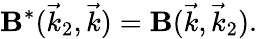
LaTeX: \mathbf{B}^{*}(\vec{{k}}_{2},\vec{{k}})=\mathbf{B}(\vec{{k}},\vec{{k}}_{2}).